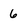
Character: 6